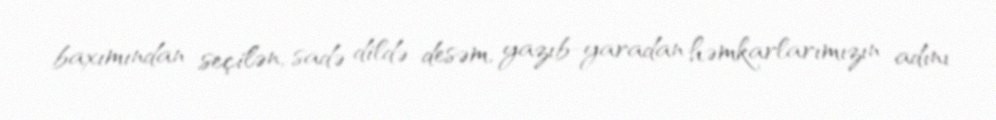
baxımından seçilən, sadə dildə desəm, yazıb-yaradan həmkarlarımızın adını